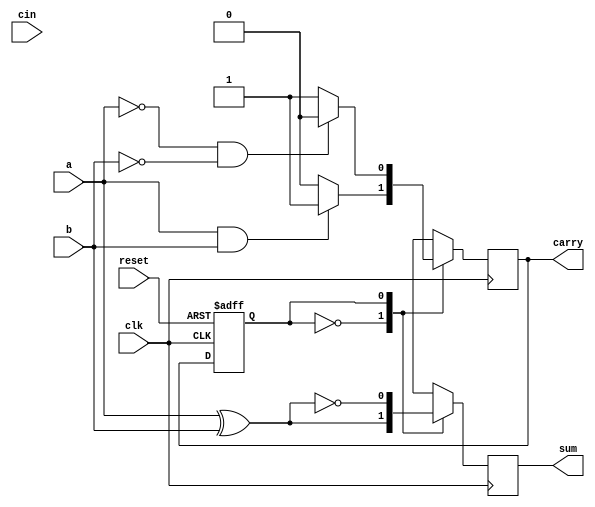
`timescale 1ns / 1ps
//////////////////////////////////////////////////////////////////////////////////
// Company: 
// Engineer: 
// 
// Design Name: 
// Module Name: mealybinary
// Project Name: 
// Target Devices: 
// Tool Versions: 
// Description: 
// 
// Dependencies: 
// 
// Revision:
// Revision 0.01 - File Created
// Additional Comments:
// 
//////////////////////////////////////////////////////////////////////////////////


module mealybinary(
  input a, b, cin, reset, clk,
  output reg sum, carry
);

  parameter s0 = 1'b0;
  parameter s1 = 1'b1;
  reg present;

  always @(posedge clk or posedge reset) begin
    if (reset) begin
      present <= s0;
    end else begin
      present <= carry;
    end
  end

  always @(posedge clk) begin
    case (present)
      s0: begin
        sum = a ^ b;
        if (a && b) begin
          carry = s1;
        end else begin
          carry = present;
        end
      end
      s1: begin
        sum = ~(a ^ b);
        if (~a && ~b) begin
          carry = s0;
        end else begin
          carry = present;
        end
      end
      default: carry = s0;
    endcase
  end
endmodule